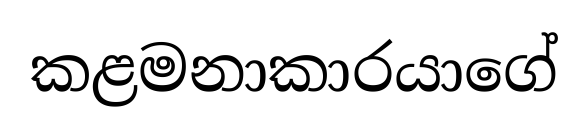
කළමනාකාරයාගේ